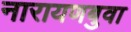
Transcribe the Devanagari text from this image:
नारायणबुवा